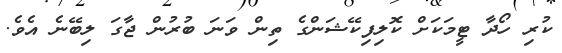
ކުރި ހޯދާ ޓީމަކަށް ކޮލިފިކޭޝަންގެ ތިން ވަނަ ބުރުން ޖާގަ ލިބޭނެ އެވެ.